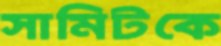
সামিটকে